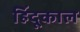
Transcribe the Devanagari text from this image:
हिंदूकाल